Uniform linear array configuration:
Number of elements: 24
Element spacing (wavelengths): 1
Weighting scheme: uniform
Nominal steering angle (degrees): -60
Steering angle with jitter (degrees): -61.374
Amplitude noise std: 0.05
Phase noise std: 0.05

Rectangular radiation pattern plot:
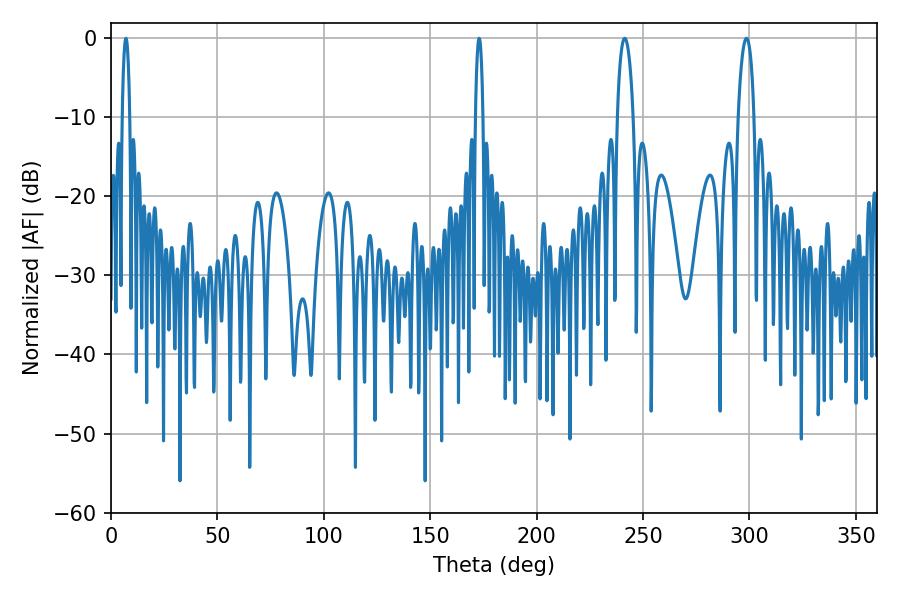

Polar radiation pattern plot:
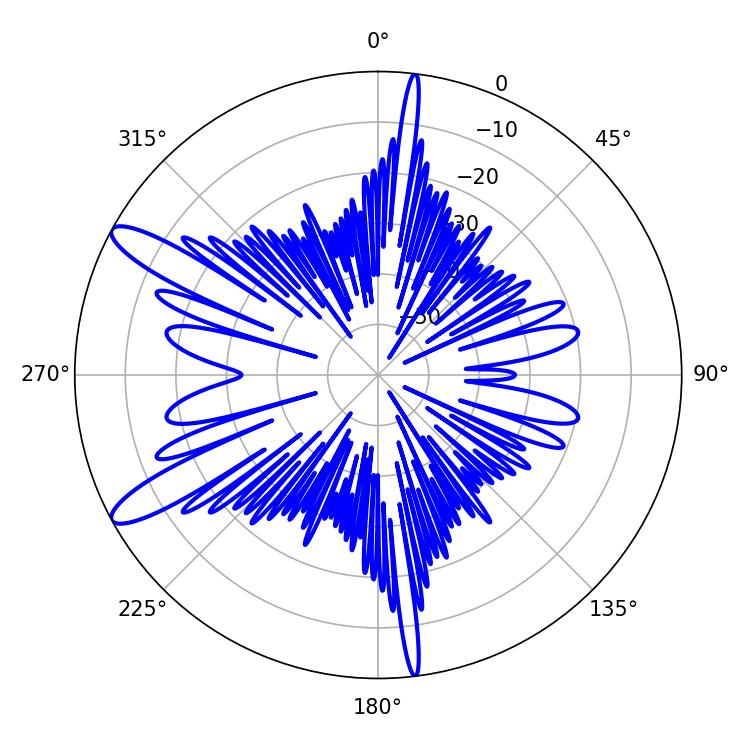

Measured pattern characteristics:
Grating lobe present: TRUE
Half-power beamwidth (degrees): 4.14
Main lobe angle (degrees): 298.62